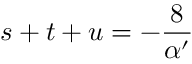
s + t + u = - \frac { 8 } { \alpha ^ { \prime } }